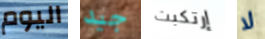
اليوم جيد إرتكبت لا